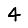
Digit: 4